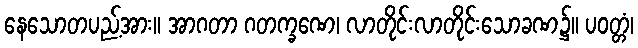
နေသောတပည့်အား။ အာဂတာ ဂတက္ခဏေ၊ လာတိုင်းလာတိုင်းသောခဏ၌။ ပဝတ္တံ၊